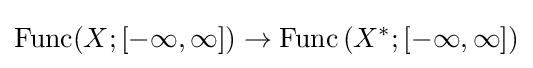
\operatorname {Func} (X;[-\infty ,\infty ])\to \operatorname {Func} \left(X^{*};[-\infty ,\infty ]\right)